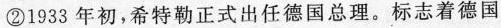
②1933年初，希特勒正式出任德国总理。标志着德国